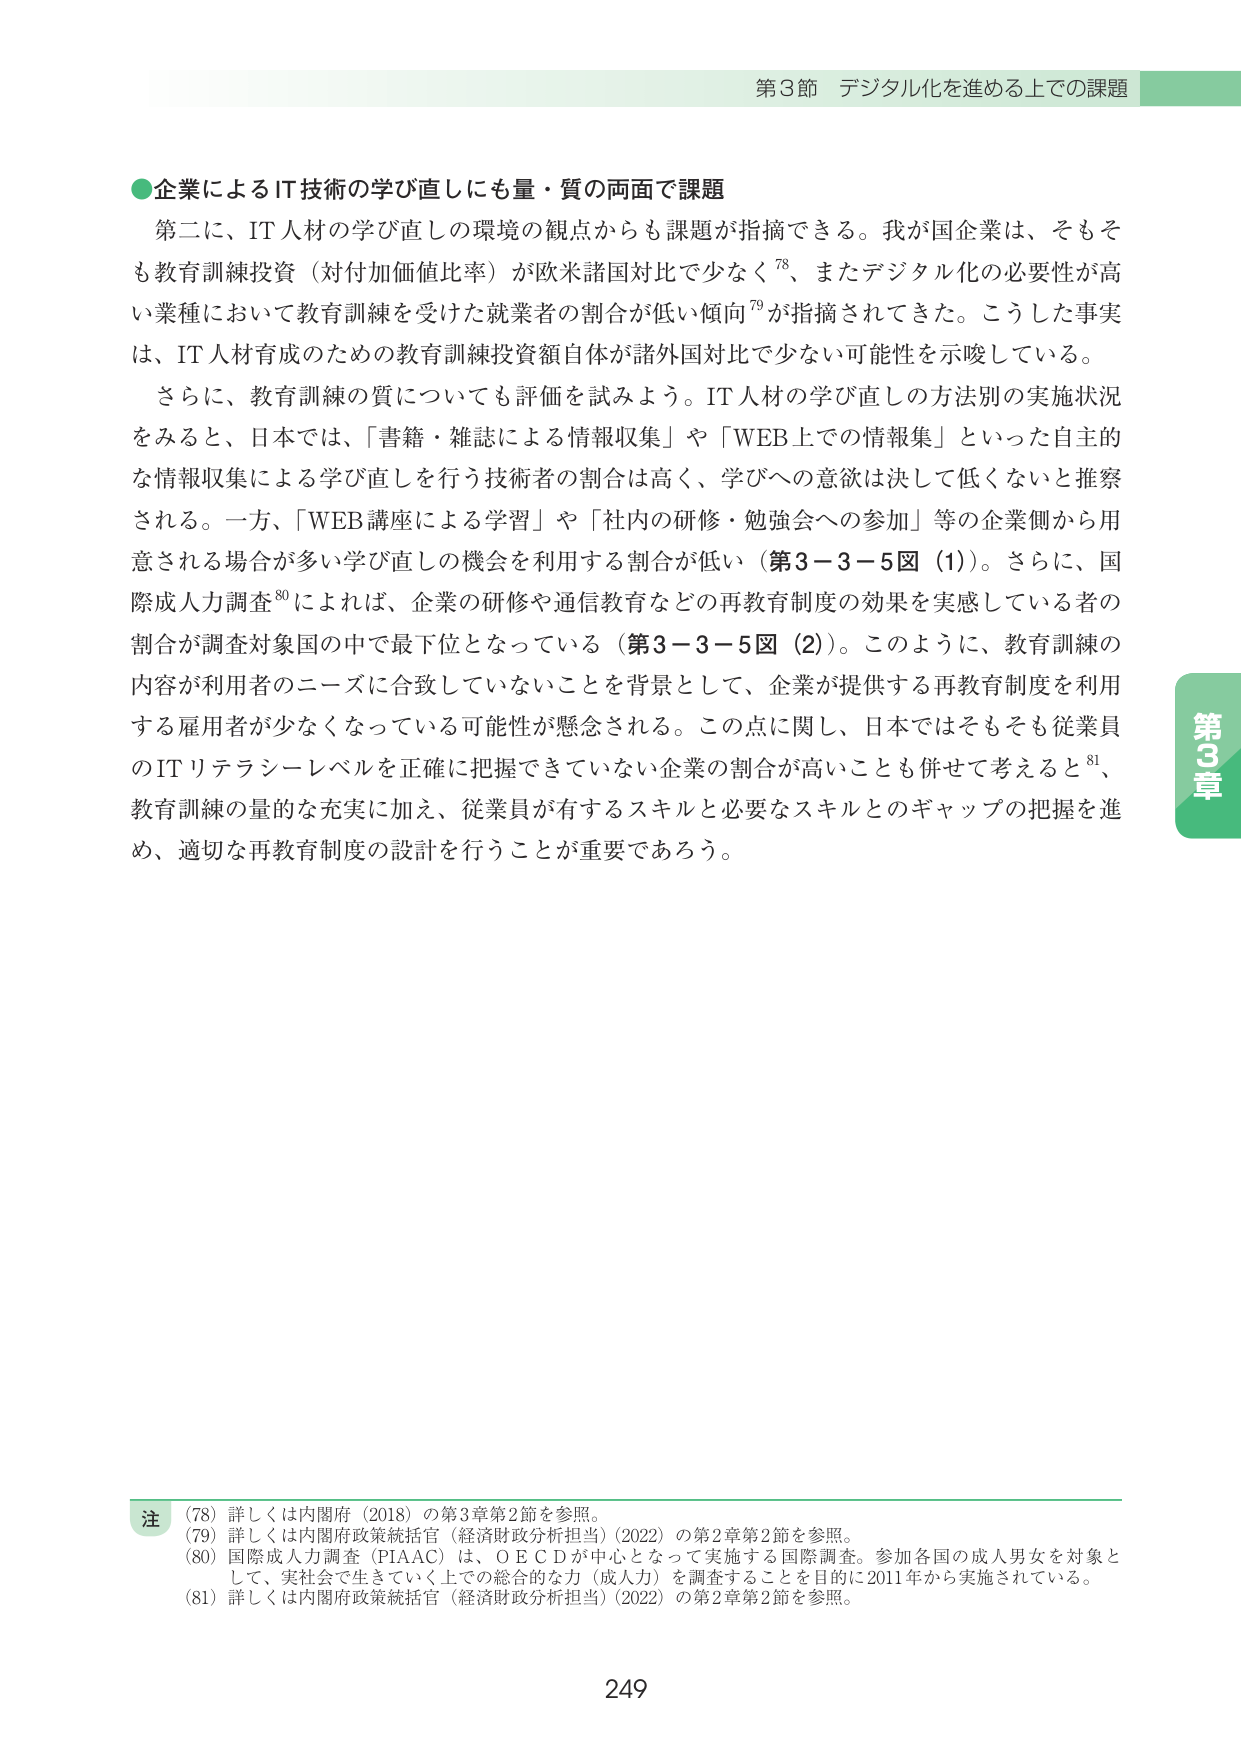
第3節 デジタル化を進める上での課題

●企業によるIT技術の学び直しにも量・質の両面で課題

第二に、IT人材の学び直しの環境の観点からも課題が指摘できる。我が国企業は、そもそも教育訓練投資（対付加価値比率）が欧米諸国対比で少なく⁷⁸、またデジタル化の必要性が高い業種において教育訓練を受けた就業者の割合が低い傾向⁷⁹が指摘されてきた。こうした事実は、IT人材育成のための教育訓練投資額自体が諸外国対比で少ない可能性を示唆している。

さらに、教育訓練の質についても評価を試みよう。IT人材の学び直しの方法別の実施状況をみると、日本では、「書籍・雑誌による情報収集」や「WEB上での情報集」といった自主的な情報収集による学び直しを行う技術者の割合は高く、学びへの意欲は決して低くないと推察される。一方、「WEB講座による学習」や「社内の研修・勉強会への参加」等の企業側から用意される場合が多い学び直しの機会を利用する割合が低い（第3－3－5図（1））。さらに、国際成人力調査⁸⁰によれば、企業の研修や通信教育などの再教育制度の効果を実感している者の割合が調査対象国の中で最下位となっている（第3－3－5図（2））。このように、教育訓練の内容が利用者のニーズに合致していないことを背景として、企業が提供する再教育制度を利用する雇用者が少なくなっている可能性が懸念される。この点に関し、日本ではそもそも従業員のITリテラシーレベルを正確に把握できていない企業の割合が高いことも併せて考えると⁸¹、教育訓練の量的な充実に加え、従業員が有するスキルと必要なスキルとのギャップの把握を進め、適切な再教育制度の設計を行うことが重要であろう。

注
（78）詳しくは内閣府（2018）の第3章第2節を参照。
（79）詳しくは内閣府政策統括官（経済財政分析担当）（2022）の第2章第2節を参照。
（80）国際成人力調査（PIAAC）は、ＯＥＣＤが中心となって実施する国際調査。参加各国の成人男女を対象として、実社会で生きていく上での総合的な力（成人力）を調査することを目的に2011年から実施されている。
（81）詳しくは内閣府政策統括官（経済財政分析担当）（2022）の第2章第2節を参照。

249

第3章